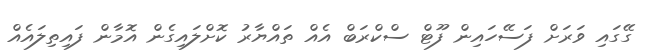
ގޭގައި ވަރަށް ފަސޭހައިން ފޫޓް ސްކްރަބް އެއް ތައްޔާރު ކޮށްލައިގެން އޮމާން ފައިތިލައެއް